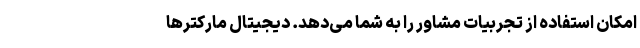
امکان استفاده از تجربیات مشاور را به شما‌ می‌دهد. دیجیتال مارکترها